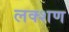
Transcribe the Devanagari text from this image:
लक्शण